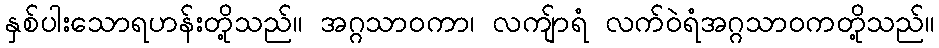
နှစ်ပါးသောရဟန်းတို့သည်။ အဂ္ဂသာဝကာ၊ လကျ်ာရံ လက်ဝဲရံအဂ္ဂသာဝကတို့သည်။